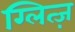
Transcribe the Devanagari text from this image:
ग्लित्ज़